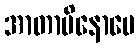
အာတာပိနောပေ